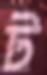
ট